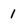
Character: 1